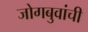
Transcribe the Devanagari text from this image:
जोगबुवांची